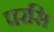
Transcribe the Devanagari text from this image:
परसि